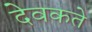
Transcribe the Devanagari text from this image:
देवकते